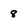
Character: 8